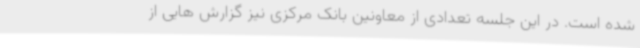
شده است. در این جلسه تعدادی از معاونین بانک مرکزی نیز گزارش هایی از